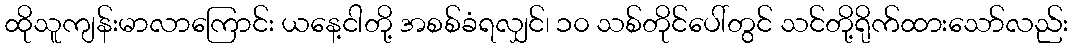
ထိုသူကျန်းမာလာကြောင်း ယနေ့ငါတို့ အစစ်ခံရလျှင်၊ ၁၀ သစ်တိုင်ပေါ်တွင် သင်တို့ရိုက်ထားသော်လည်း